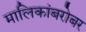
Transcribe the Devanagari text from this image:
मालिकांबरोबर